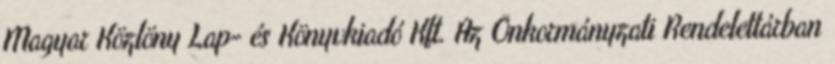
Magyar Közlöny Lap- és Könyvkiadó Kft. Az Önkormányzati Rendelettárban